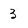
Character: 3